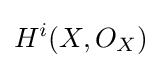
H^{i}(X,O_{X})